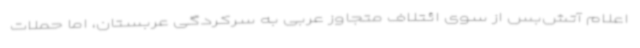
اعلام آتش‌بس از سوی ائتلاف متجاوز عربی به سرکردگی عربستان، اما حملات